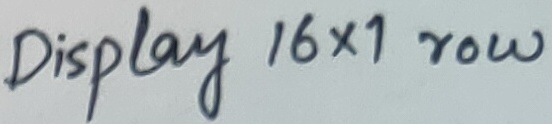
Text: Display 16x1 row